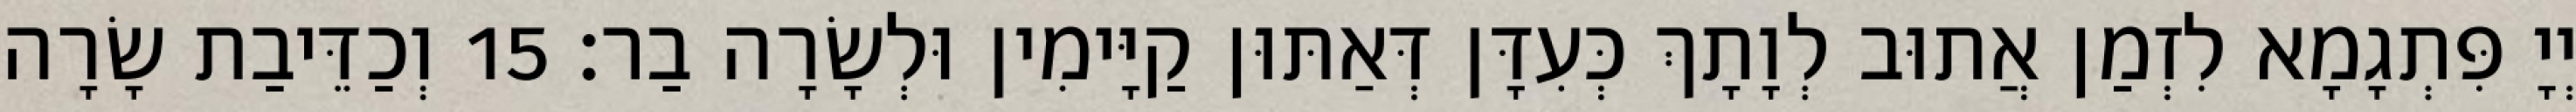
יְיָ פִּתְגָמָא לִזְמַן אֲתוּב לְוָתָךְ כְּעִדָּן דְּאַתּוּן קַיָּימִין וּלְשָׂרָה בַר׃ 15 וְכַדֵּיבַת שָׂרָה